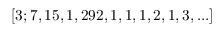
[ 3 ; 7 , 1 5 , 1 , 2 9 2 , 1 , 1 , 1 , 2 , 1 , 3 , . . . ]